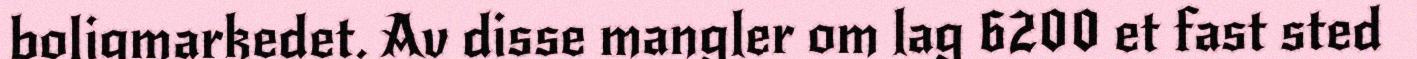
boligmarkedet. Av disse mangler om lag 6200 et fast sted